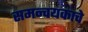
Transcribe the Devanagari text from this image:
समन्वयकाचे